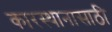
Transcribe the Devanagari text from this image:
कारस्थानासाठी